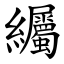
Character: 䌵